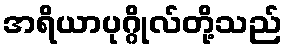
အရိယာပုဂ္ဂိုလ်တို့သည်